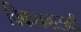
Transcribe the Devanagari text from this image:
विकसनासाठी